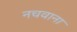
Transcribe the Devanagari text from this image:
नचवाना